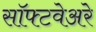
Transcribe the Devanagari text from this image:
सॉफ्टवेअरे